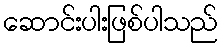
ဆောင်းပါးဖြစ်ပါသည်